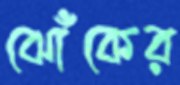
ঝোঁকের